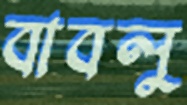
বাবলু